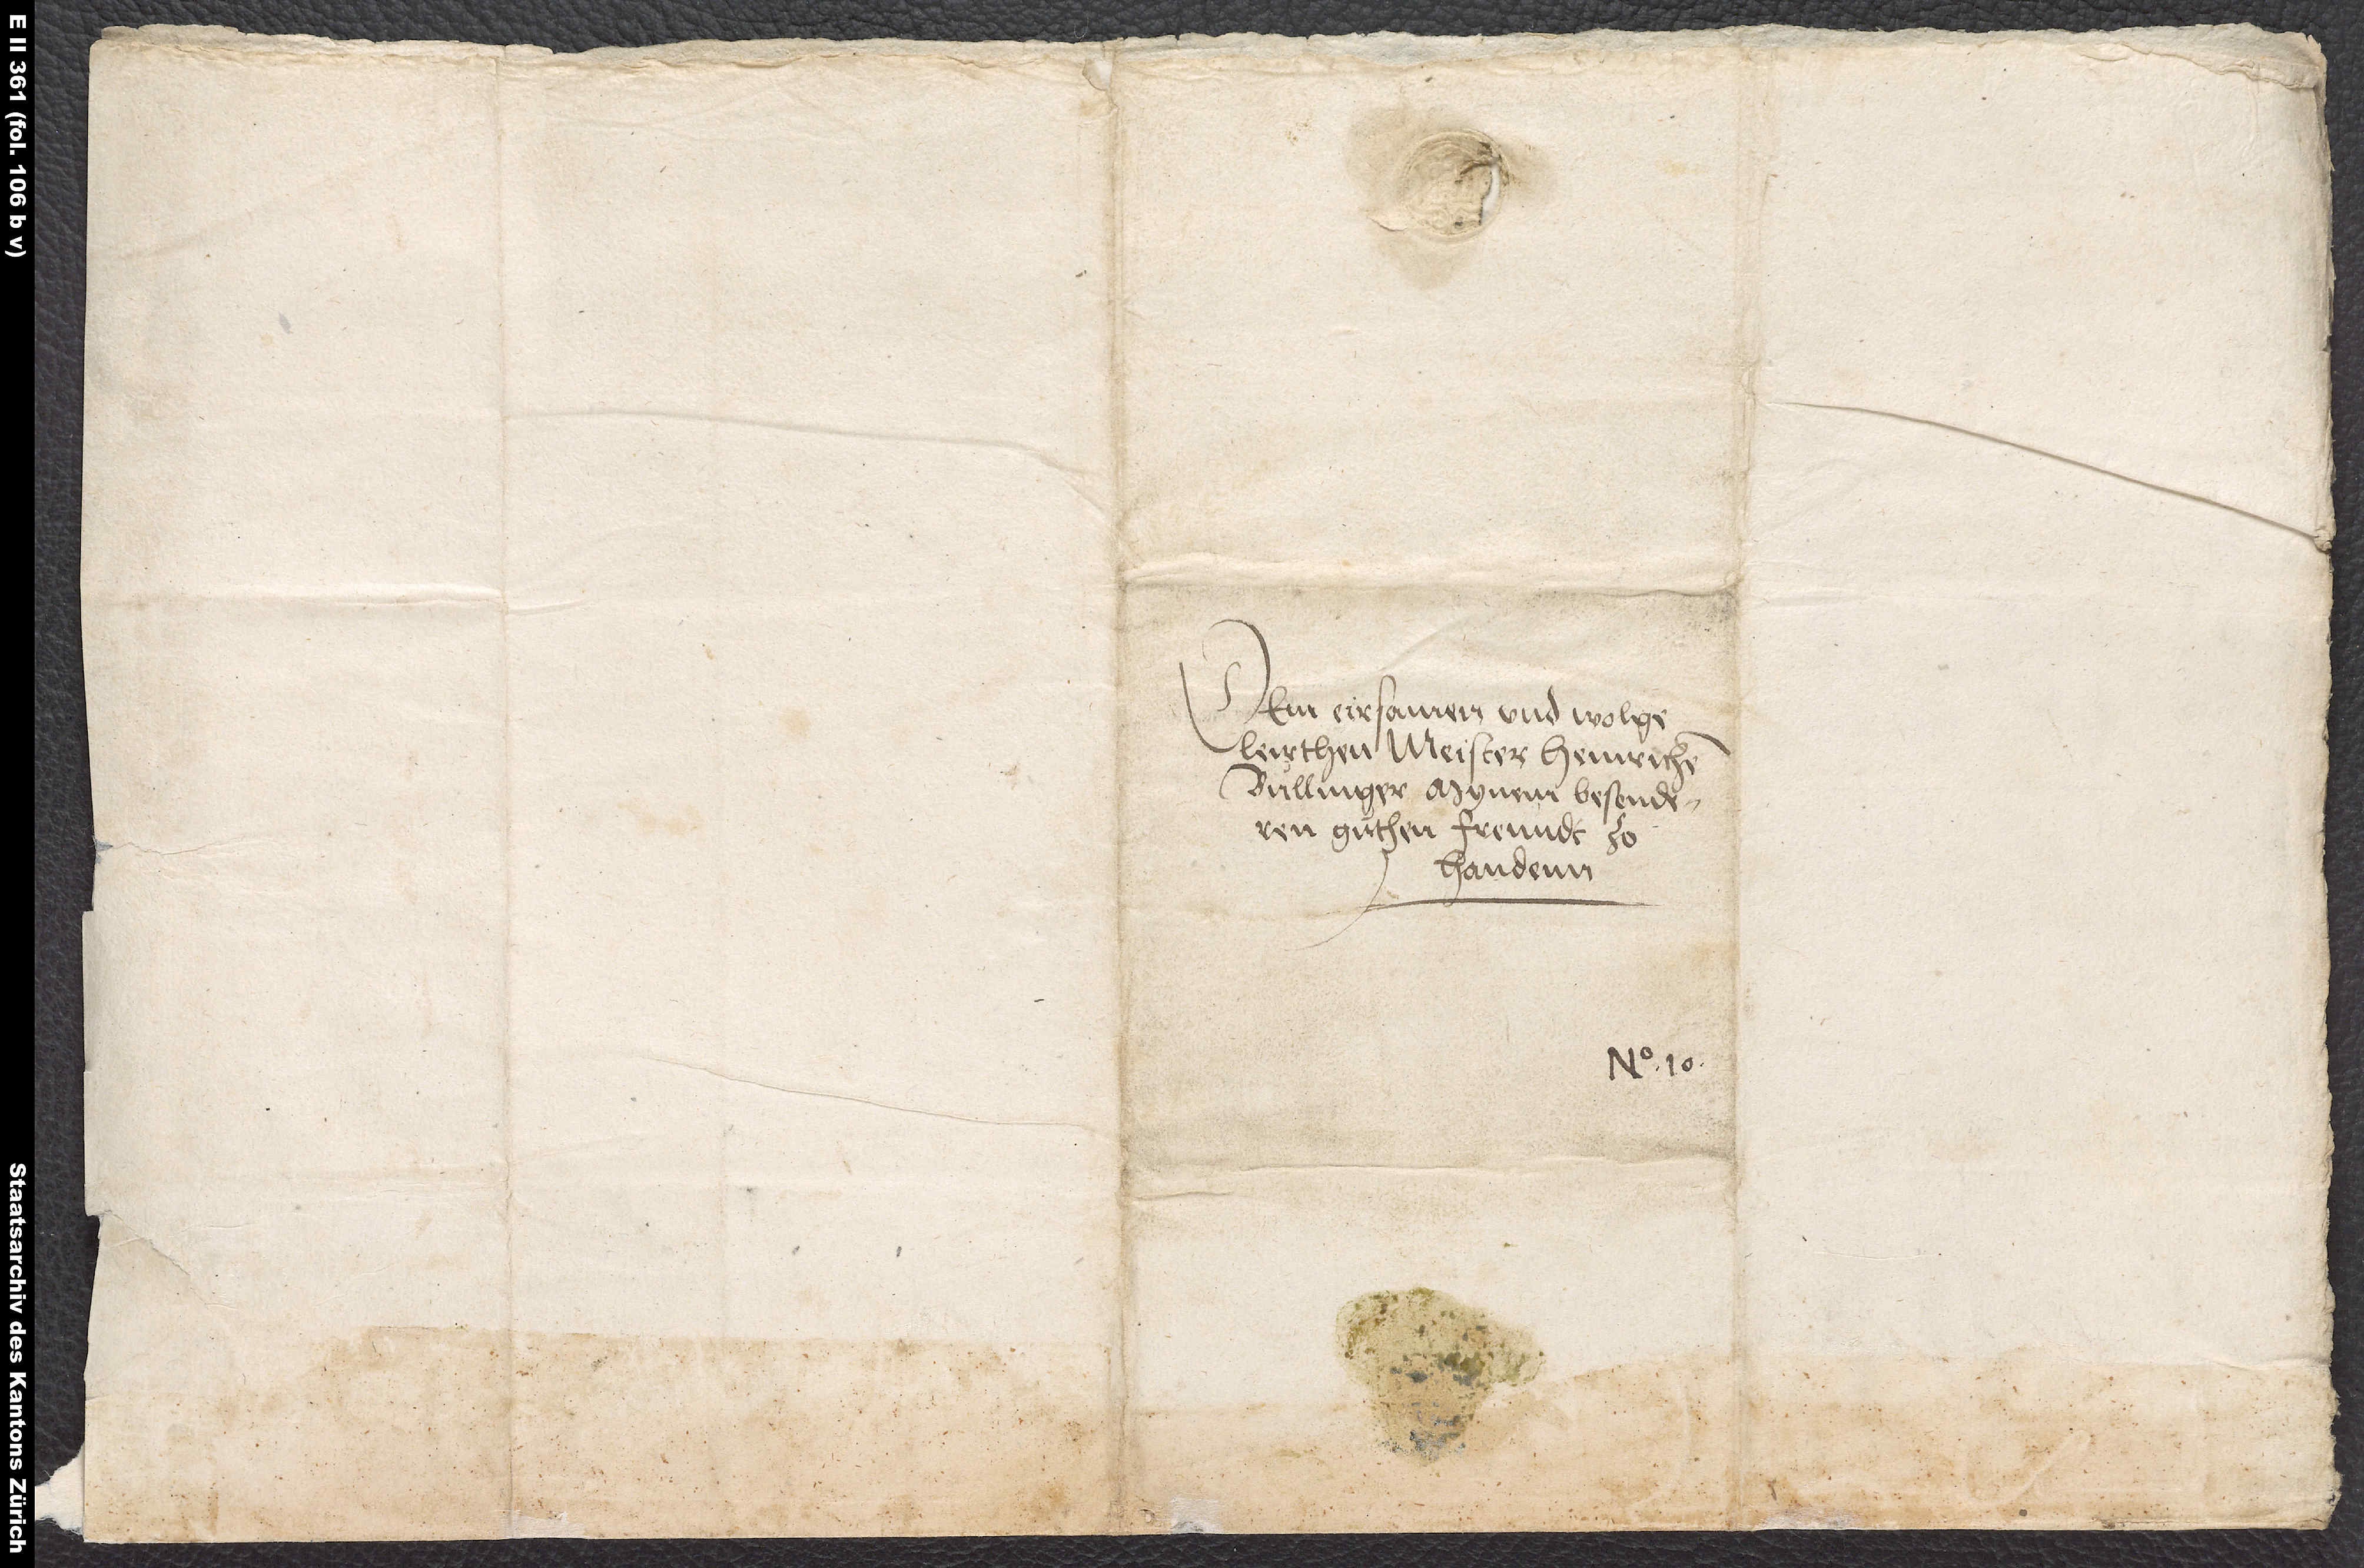
Dem eirsamen und wolgeleirthen
Meister Heinrichen
Bullinger, mynem besonderen
guthen freundt zo
handenn.